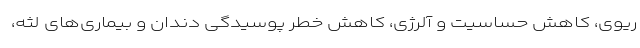
ریوی، کاهش حساسیت و آلرژی، کاهش خطر پوسیدگی دندان و بیماری‌های لثه،